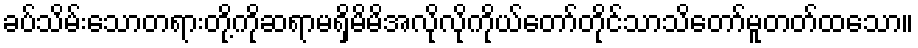
ခပ်သိမ်းသောတရားတို့ကိုဆရာမရှိမိမိအလိုလိုကိုယ်တော်တိုင်သာသိတော်မူတတ်ထသော။